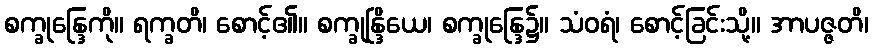
စက္ခုန္ဒြေကို။ ရက္ခတိ၊ စောင့်၏။ စက္ခုန္ဒြိယေ၊ စက္ခုန္ဒြေ၌။ သံဝရံ၊ စောင့်ခြင်းသို့။ အာပဇ္ဇတိ၊